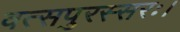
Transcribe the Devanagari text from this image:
वत्सपुरस्सरः।